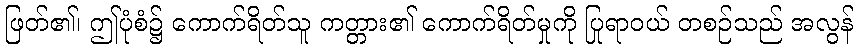
ဖြတ်၏၊ ဤပုံစံ၌ ကောက်ရိတ်သူ ကတ္တား၏ ကောက်ရိတ်မှုကို ပြုရာဝယ် တစဉ်သည် အလွန်